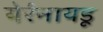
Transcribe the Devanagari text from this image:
येर्रनायडू